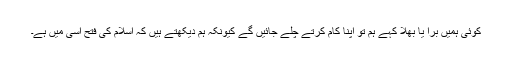
کوئی ہمیں بُرا یا بھلا کہے ہم تو اپنا کام کرتے چلے جائیں گے کیونکہ ہم دیکھتے ہیں کہ اسلام کی فتح اسی میں ہے۔